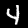
Digit: 4